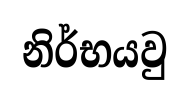
නිර්භයවු